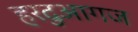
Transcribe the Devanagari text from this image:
हरदुआगज